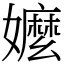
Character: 嬤